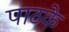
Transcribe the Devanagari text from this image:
पाठके